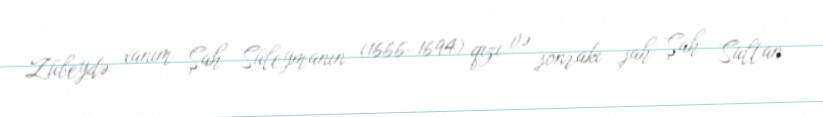
Zübeydə xanım Şah Süleymanın (1666–1694) qızı və sonrakı şah Şah Sultan